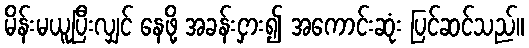
မိန်းမယူပြီးလျှင် နေဖို့ အခန်းငှား၍ အကောင်းဆုံး ပြင်ဆင်သည်။